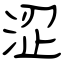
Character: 涩